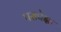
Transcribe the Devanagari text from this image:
परापेक्षा